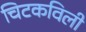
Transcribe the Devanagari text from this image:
चिटकविली